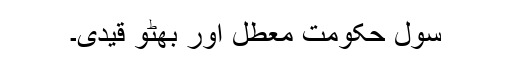
سول حکومت معطل اور بھٹو قیدی۔